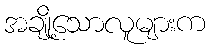
အချို့သောလူများက